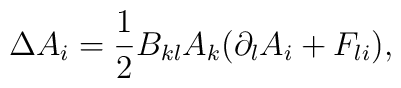
\Delta A_i = \frac{1}{2} B_{kl} A_k (\partial_l A_i + F_{li}),